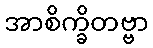
အာစိက္ခိတဗ္ဗာ